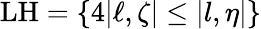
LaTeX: \mathrm{L}\mathrm{H}=\{ 4|\ell,\zeta|\leq|l,\eta|\}